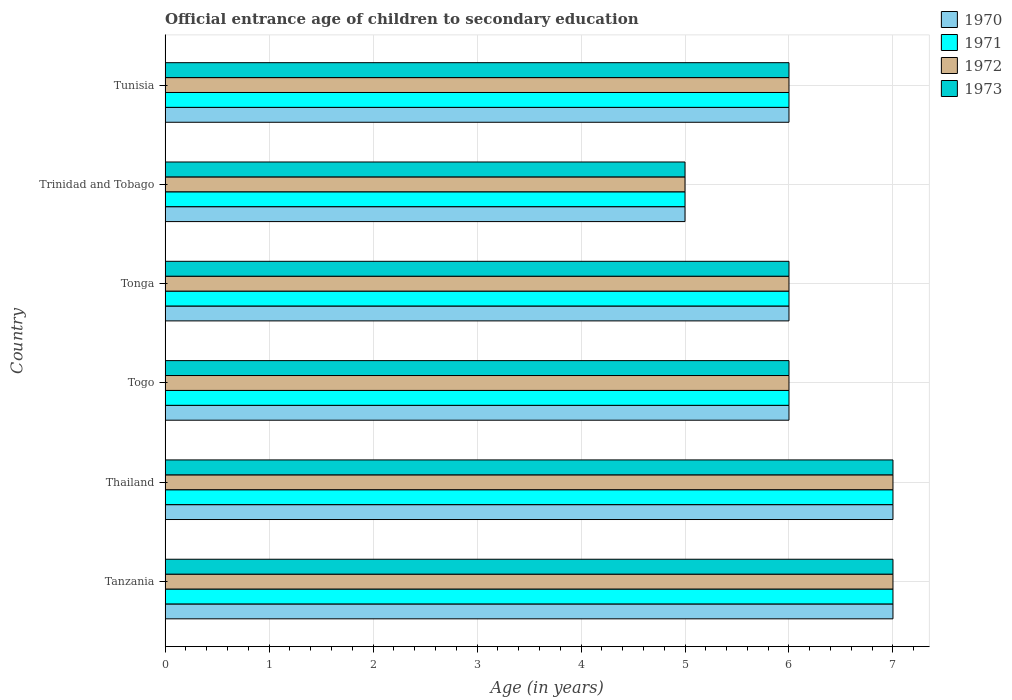
| Country | 1970 | 1971 | 1972 | 1973 |
 | --- | --- | --- | --- | --- |
 | Tanzania | 7 | 7 | 7 | 7 |
 | Thailand | 7 | 7 | 7 | 7 |
 | Togo | 6 | 6 | 6 | 6 |
 | Tonga | 6 | 6 | 6 | 6 |
 | Trinidad and Tobago | 5 | 5 | 5 | 5 |
 | Tunisia | 6 | 6 | 6 | 6 |